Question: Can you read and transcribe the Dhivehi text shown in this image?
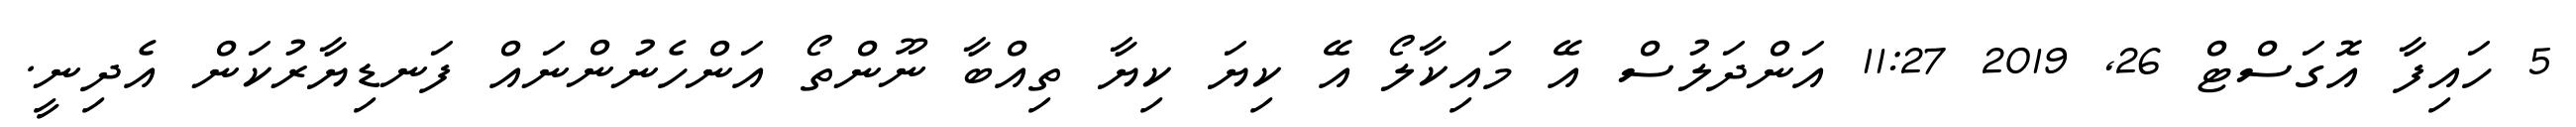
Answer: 5 ހައިފާ އޮގަސްޓް 26, 2019 11:27 އަންދަލުސް އޭ މައިކާލޯ އޭ ކިޔަ ކިޔާ ތިއްބާ ނޫންތޯ އަންހެނުންނައް ފަނޑިޔާރުކަން އެދިނީ.